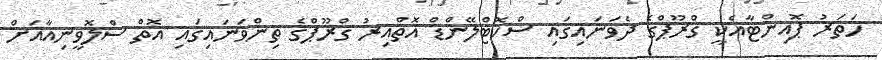
ހަތަރު ޕޮއިންޓާއެކީ ގްރޫޕްގެ ދެވަނައިގައި ސްކޮޓްލޭންޑް އޮތްއިރު ގްރޫޕްގެ ތިންވަނައިގައި އޮތް ސްލޮވީނިއާއަށް